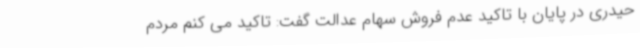
حیدری در پایان با تاکید عدم فروش سهام عدالت گفت: تاکید می کنم مردم